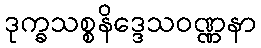
ဒုက္ခသစ္စနိဒ္ဒေသဝဏ္ဏနာ